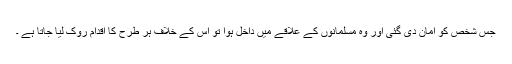
جس شخص کو امان دی گئی اور وہ مسلمانوں کے علاقے میں داخل ہوا تو اس کے خلاف ہر طرح کا اقدام روک لیا جاتا ہے ۔